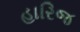
હારિજ